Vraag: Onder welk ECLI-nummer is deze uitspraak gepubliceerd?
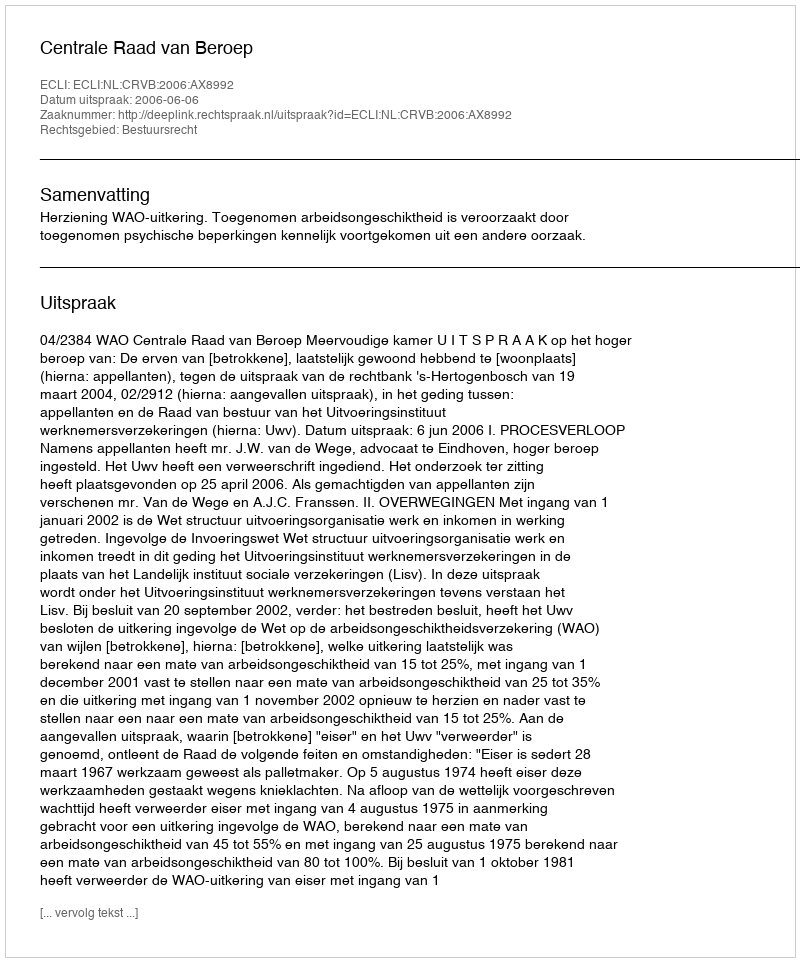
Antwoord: ECLI:NL:CRVB:2006:AX8992